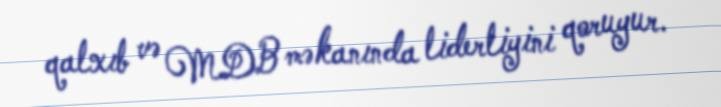
qalxıb və MDB məkanında liderliyini qoruyur.